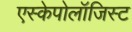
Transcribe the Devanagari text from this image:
एस्केपोलॉजिस्ट